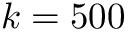
k = 5 0 0